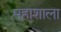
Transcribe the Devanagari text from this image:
महाशाला